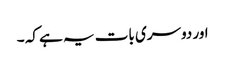
اور دوسری بات یہ ہے کہ ۔